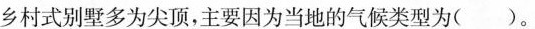
乡村式别墅多为尖顶，主要因为当地的气候类型为()。